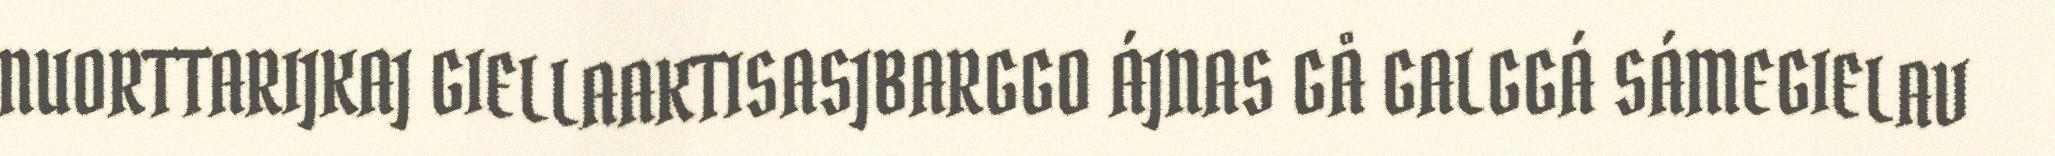
NUORTTARIJKAJ GIELLAAKTISASJBARGGO ÁJNAS GÅ GALGGÁ SÁMEGIELAV